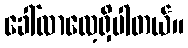
ခေါ်လာလေ့ရှိပါတယ်။